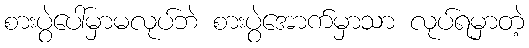
စားပွဲပေါ်မှာမလုပ်ဘဲ စားပွဲအောက်မှာသာ လုပ်ရမှာတဲ့